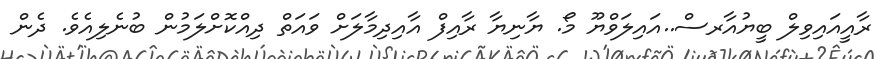
ރާއީއައިވިލް ބީޔުއާރސް..އައިލަވްޔޫ މޯ. ޔާނިޔާ ރާއިފް އާއިދިމާލަށް ވައަތް ދިއްކޮށްލަމުން ބުނެލިއެވެ. ދެން